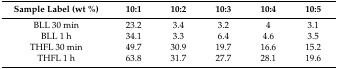
| Sample Label (wt %) | 10:1 | 10:2 | 10:3 | 10:4 | 10:5 |
 | --- | --- | --- | --- | --- | --- |
 | BLL 30 min | 23.2 | 3.4 | 3.2 | 4 | 3.1 |
 | BLL 1 h | 34.1 | 3.3 | 6.4 | 4.6 | 3.5 |
 | THFL 30 min | 49.7 | 30.9 | 19.7 | 16.6 | 15.2 |
 | THFL 1 h | 63.8 | 31.7 | 27.7 | 28.1 | 19.6 |